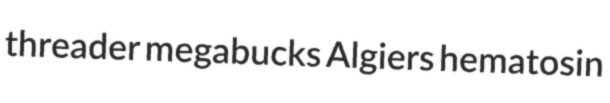
threader megabucks Algiers hematosin